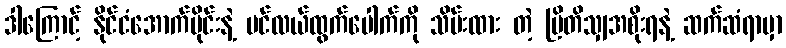
ဒါကြောင့် နိုင်ငံအောက်ပိုင်းနဲ့ ပင်လယ်ထွက်ပေါက်ကို သိမ်းထား တဲ့ ဗြိတိသျှအစိုးရနဲ့ ဆက်ဆံရာမှာ